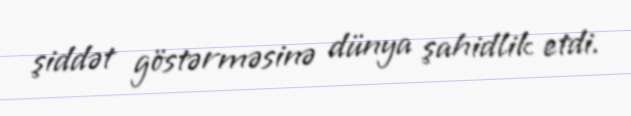
şiddət göstərməsinə dünya şahidlik etdi.